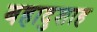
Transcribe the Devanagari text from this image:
बहादुशाह